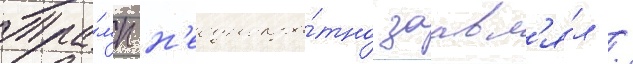
Тра́мп н'еоднокра́тно заавл'я́л /